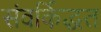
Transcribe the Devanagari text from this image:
संवर्किद्धत